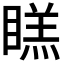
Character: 𭿔